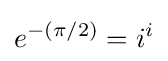
e^{-(\pi /2)}=i^{i}